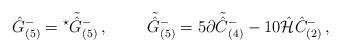
LaTeX: \begin{align*}\hat{G}^{-}_{(5)}= {}^{\star}\tilde{\hat{G}}{}^{-}_{(5)}\, ,\hspace{1cm}\tilde{\hat{G}}{}^{-}_{(5)} =5\partial\tilde{\hat{C}}{}^{-}_{(4)}-10\hat{\cal H}\hat{C}^{-}_{(2)}\, ,\end{align*}